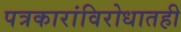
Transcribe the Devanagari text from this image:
पत्रकारांविरोधातही